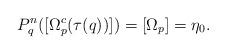
LaTeX: \begin{align*}P^n_q([\Omega^c_p(\tau(q))])=[\Omega_p]=\eta_0.\end{align*}